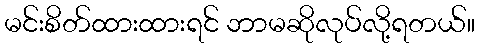
မင်းစိတ်ထားထားရင် ဘာမဆိုလုပ်လို့ရတယ်။